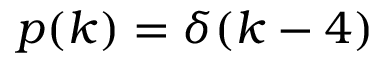
p ( k ) = \delta ( k - 4 )